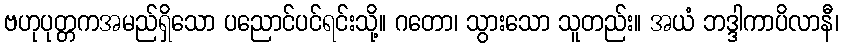
ဗဟုပုတ္တကအမည်ရှိသော ပညောင်ပင်ရင်းသို့။ ဂတော၊ သွားသော သူတည်း။ အယံ ဘဒ္ဒါကာပိလာနီ၊